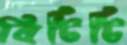
বিটিটি